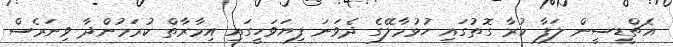
އެޗްޑީސީން ލަފާ ކުރާ ގޮތުގައި ހުޅުމާލޭގެ ދެވަނަ ފިޔަވަހީގައި އިމާރާތް ކުރަމުންދާ ވިނަރެސް